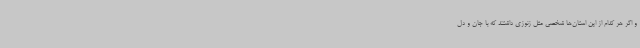
و اگر هر کدام از این استان‌ها شخصی مثل زنوزی داشتند که با جان و دل